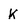
Character: K